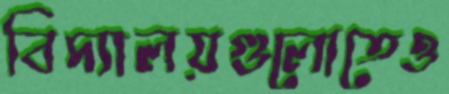
বিদ্যালয়গুলোতেও